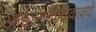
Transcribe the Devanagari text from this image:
आईडेनटीफीकाक्यो